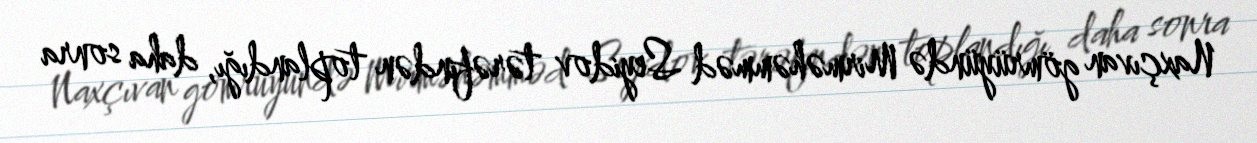
Naxçıvan gömrüyündə Mirməhəmməd Seyidov tərəfindən toplandığı, daha sonra